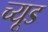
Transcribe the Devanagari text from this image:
च्यूड